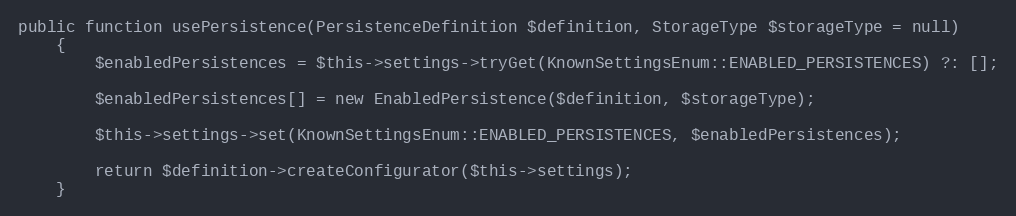
Language: PHP
public function usePersistence(PersistenceDefinition $definition, StorageType $storageType = null)
    {
        $enabledPersistences = $this->settings->tryGet(KnownSettingsEnum::ENABLED_PERSISTENCES) ?: [];

        $enabledPersistences[] = new EnabledPersistence($definition, $storageType);

        $this->settings->set(KnownSettingsEnum::ENABLED_PERSISTENCES, $enabledPersistences);

        return $definition->createConfigurator($this->settings);
    }